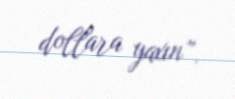
dollara yaxın”.